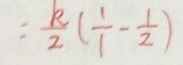
= \frac { k } { 2 } ( \frac { 1 } { 1 } - \frac { 1 } { 2 } )